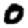
Digit: 0